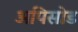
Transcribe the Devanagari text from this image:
अपिसोड